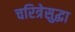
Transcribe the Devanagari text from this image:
चरित्रेसुद्धा